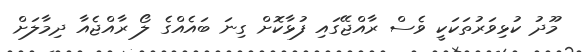
މޫދު ކުޅިވަރުތަކަކީ ވެސް ރާއްޖޭގައި ފުޅާކޮށް ގިނަ ބައެއްގެ ލޯ ރާއްޖެއާ ދިމާލަށް